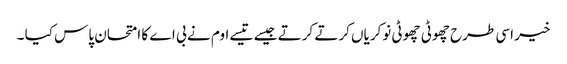
خیر اسی طرح چھوٹی چھوٹی نوکریاں کرتے کرتے جیسے تیسے اوم نے بی اے کا امتحان پاس کیا ۔